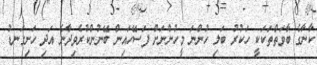
ކާނާގެ ބާވަތްތަކަކީ ހަކުރު ބަލި ހުންނަ މީހުންނަށް ފަސޭހައިން ބޭނުންކުރެވިދާނެ އަދި ހަށިގަނޑު